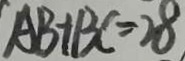
A B + B C = 2 8